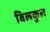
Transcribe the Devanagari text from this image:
विलकुल